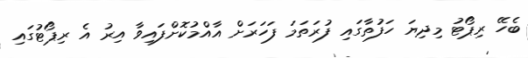
ބެހޭ ރިޕޯޓު މިދިޔަ ހަފުތާގައި ފުރަތަމަ ފަހަރަށް އާއްމުކޮށްފައިވާ އިރު އެ ރިޕޯޓުގައި